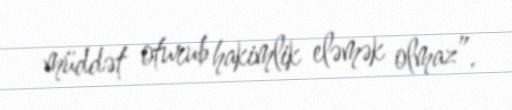
müddət oturub hakimlik eləmək olmaz”.